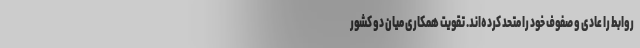
روابط را عادی و صفوف خود را متحد‌ کرده‌اند. تقویت همکاری میان دو کشور